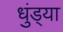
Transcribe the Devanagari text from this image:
धुंड्या